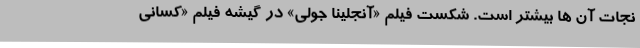
نجات آن ها بیشتر است. شکست فیلم «آنجلینا جولی» در گیشه فیلم «کسانی